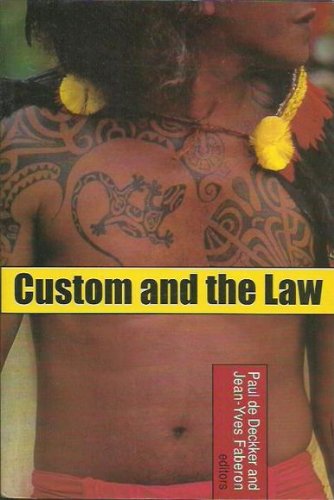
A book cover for Custom and the Law; Law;